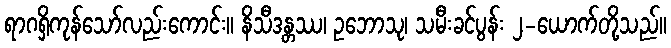
ရာဂရှိကုန်သော်လည်းကောင်း။ နိသီဒန္တဿ၊ ဥဘောသု၊ သမီးခင်ပွန်း ၂-ယောက်တို့သည်။